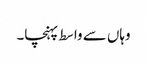
وہاں سے واسط پہنچا۔